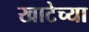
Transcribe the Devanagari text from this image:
खाटेच्या